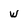
Character: W